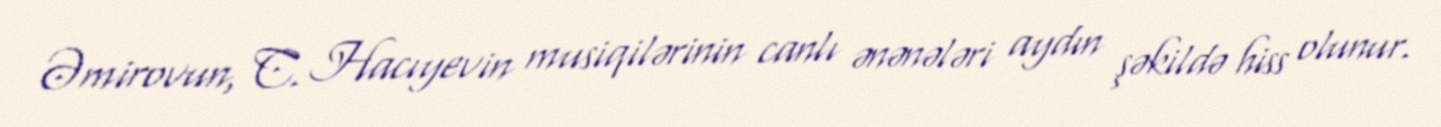
Əmirovun, C. Hacıyevin musiqilərinin canlı ənənələri aydın şəkildə hiss olunur.